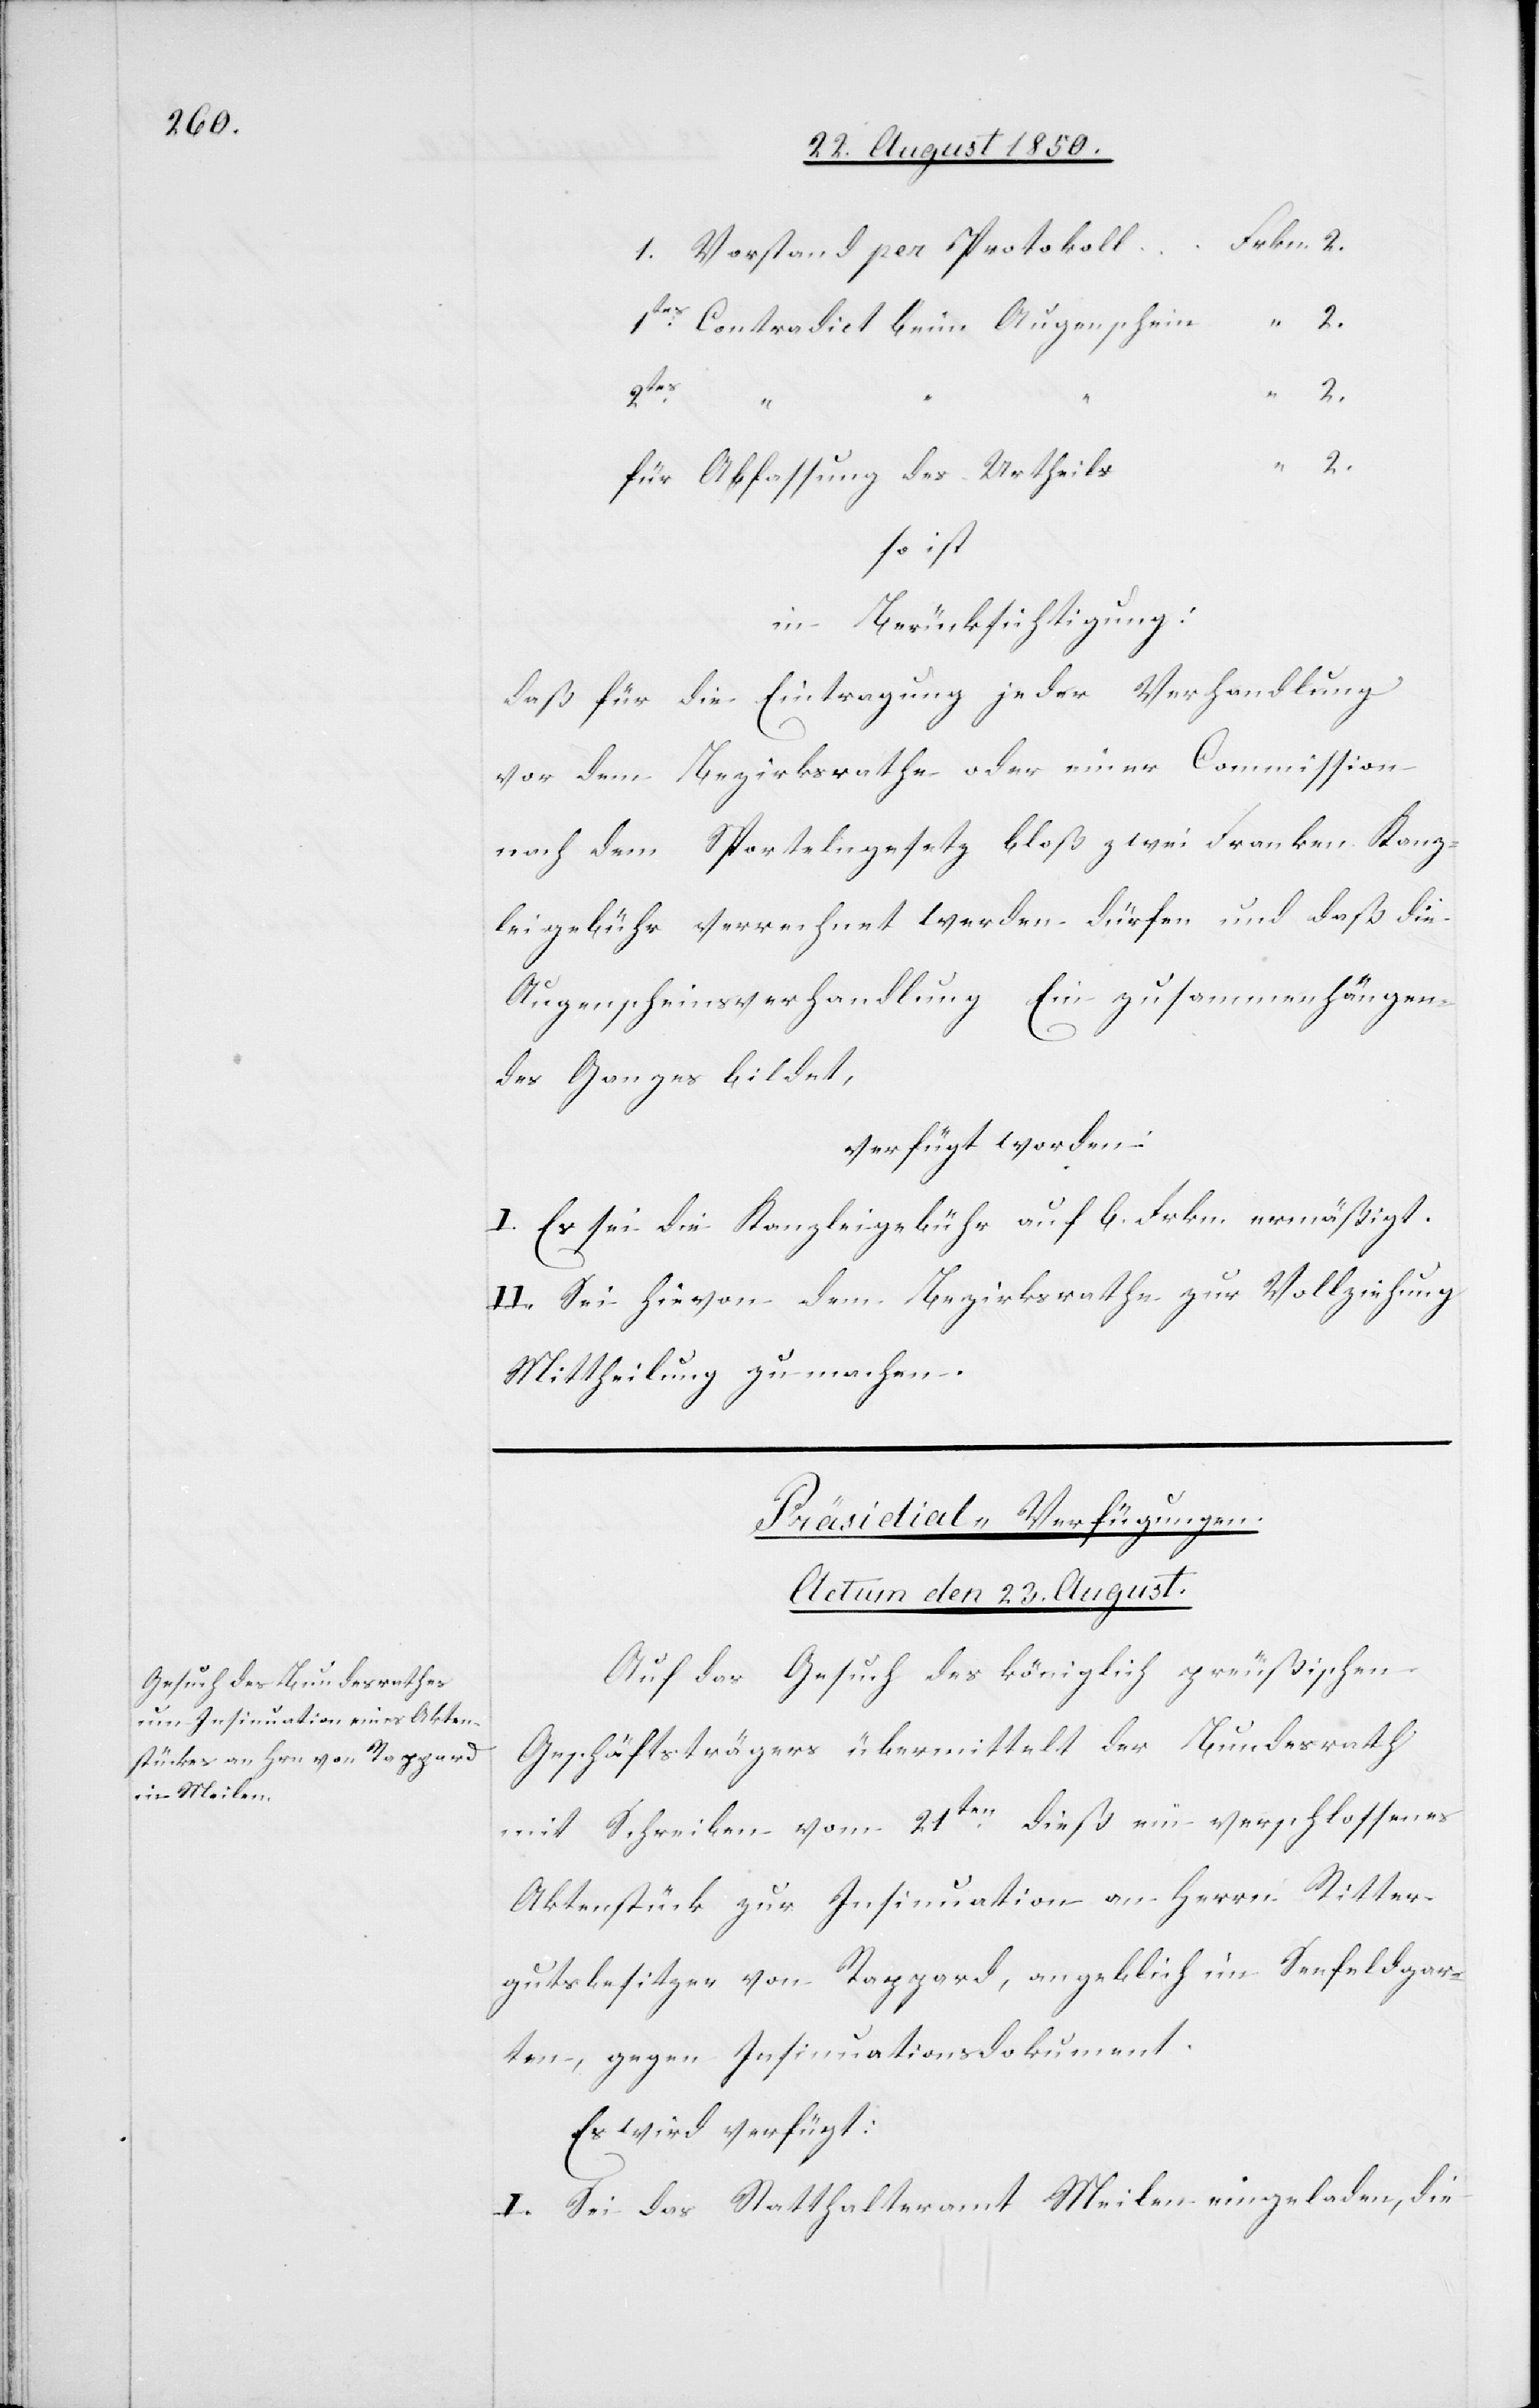
Frkn. 2.
1. Vorstand per Protokoll
1tes Contradict beim Augenschein	“
2tes
für Abfassung des Urtheils	“
so ist
in Berücksichtigung:
daß für die Eintragung jeder Verhandlung
vor dem Bezirksrathe oder einer Commission
nach dem Sportelngesetz bloß zwei Franken Kanz¬
leigebühr verrechnet werden dürfen und daß die
Augenscheinsverhandlung Ein zusammenhängen¬
des Ganzes bildet,
verfügt worden:
I. Es sei die Kanzleigebühr auf 6. Frkn. ermäßigt.
II. Sei hievon dem Bezirksrathe zur Vollziehung
Mittheilung zu machen.
Präsidial-Verfügungen.
Actum den 23. August.
Auf das Gesuch des königlich preußischen
Geschäftsträgers übermittelt der Bundesrath
mit Schreiben vom 21ten dieß ein verschlossenes
Aktenstück zur Insinuation an Herrn Ritter¬
gutsbesitzer von Rappard, angeblich im Seefeldgar¬
ten, gegen Insinuationsdokument.
Es wird verfügt:
I. Sei das Statthalteramt Meilen eingeladen, die